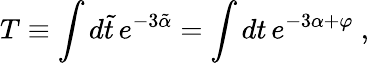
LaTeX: T\equiv\int d\tilde{t}\, e^{-3\tilde{\alpha}}=\int dt\, e^{-3\alpha+\varphi}\ ,